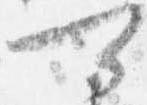
可